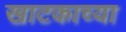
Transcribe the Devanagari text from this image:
खाटकाच्या